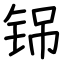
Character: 铞